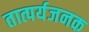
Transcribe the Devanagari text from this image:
तात्पर्यजनक